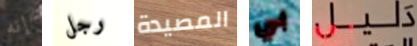
إنه رجل المصيدة بي دليل